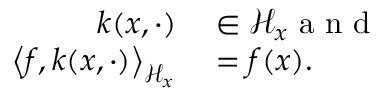
\begin{array} { r l } { k ( x , \cdot ) } & { { } \in \mathcal { H } _ { x } \mathrm { ~ a ~ n ~ d ~ } } \\ { \left\langle f , k ( x , \cdot ) \right\rangle _ { \mathcal { H } _ { x } } } & { { } = f ( x ) . } \end{array}